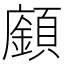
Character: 𩕅